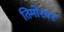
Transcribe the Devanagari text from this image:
तिमोरवर